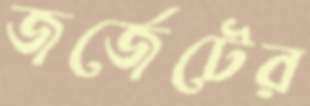
জর্জেটের